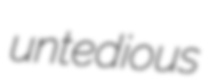
untedious